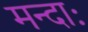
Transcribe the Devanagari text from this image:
मन्दाः